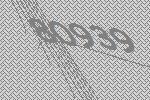
80939